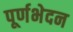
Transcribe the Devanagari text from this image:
पूर्णभेदन